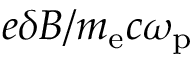
e \delta B / m _ { \mathrm { e } } c \omega _ { \mathrm { p } }